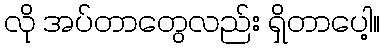
လို အပ်တာတွေလည်း ရှိတာပေါ့။